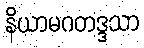
နိယာမဂတဒ္ဒသာ